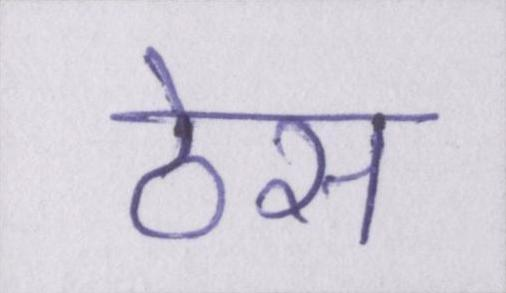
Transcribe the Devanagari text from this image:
ठेस